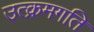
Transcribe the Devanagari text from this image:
उत्क्रमगति